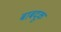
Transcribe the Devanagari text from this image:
बाबदूक